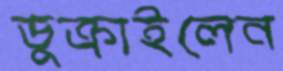
ডুক্‌রাইলেন